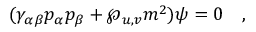
( \gamma _ { \alpha \beta } p _ { \alpha } p _ { \beta } + \wp _ { u , v } m ^ { 2 } ) \psi = 0 \quad ,